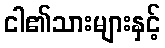
ငါ၏သားများနှင့်